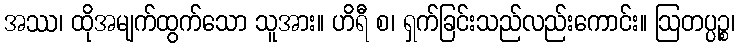
အဿ၊ ထိုအမျက်ထွက်သော သူအား။ ဟိရီ စ၊ ရှက်ခြင်းသည်လည်းကောင်း။ ဩတပ္ပဉ္စ၊